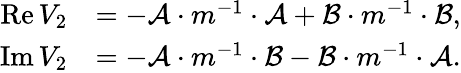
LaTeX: \begin{array}{rl}{\operatorname{Re}V_{2}}&{=-\mathcal{A}\cdot m^{-1}\cdot\mathcal{A}+\mathcal{B}\cdot m^{-1}\cdot\mathcal{B},}\\ {\operatorname{Im}V_{2}}&{=-\mathcal{A}\cdot m^{-1}\cdot\mathcal{B}-\mathcal{B}\cdot m^{-1}\cdot\mathcal{A}.}\end{array}